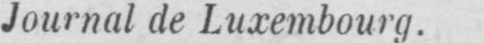
Journal de Luxembourg.